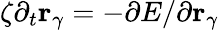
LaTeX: \zeta\partial_{t}{\mathbf r}_{\gamma}=-\partial E/\partial\mathbf{r}_{\gamma}